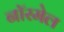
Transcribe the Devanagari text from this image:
नॉरमेल